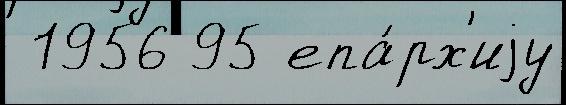
 1956 95 епа́рх'иjу